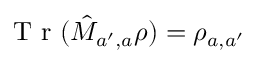
\mathrm { ~ T ~ r ~ } ( \hat { M } _ { a ^ { \prime } , a } \rho ) = \rho _ { a , a ^ { \prime } }